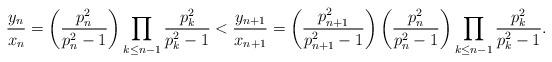
LaTeX: \begin{align*}\frac{y_{n}}{x_{n}}=\left (\frac{p_n^2}{p_n^2-1}\right)\prod_{k \leq n-1} \frac{p_k^2}{p_k^2-1}< \frac{y_{n+1}}{x_{n+1}}=\left (\frac{p_{n+1}^2}{p_{n+1}^2-1}\right)\left (\frac{p_n^2}{p_n^2-1}\right)\prod_{k \leq n-1} \frac{p_k^2}{p_k^2-1}.\end{align*}